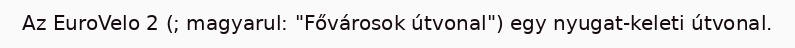
Az EuroVelo 2 (; magyarul: "Fővárosok útvonal") egy nyugat-keleti útvonal.